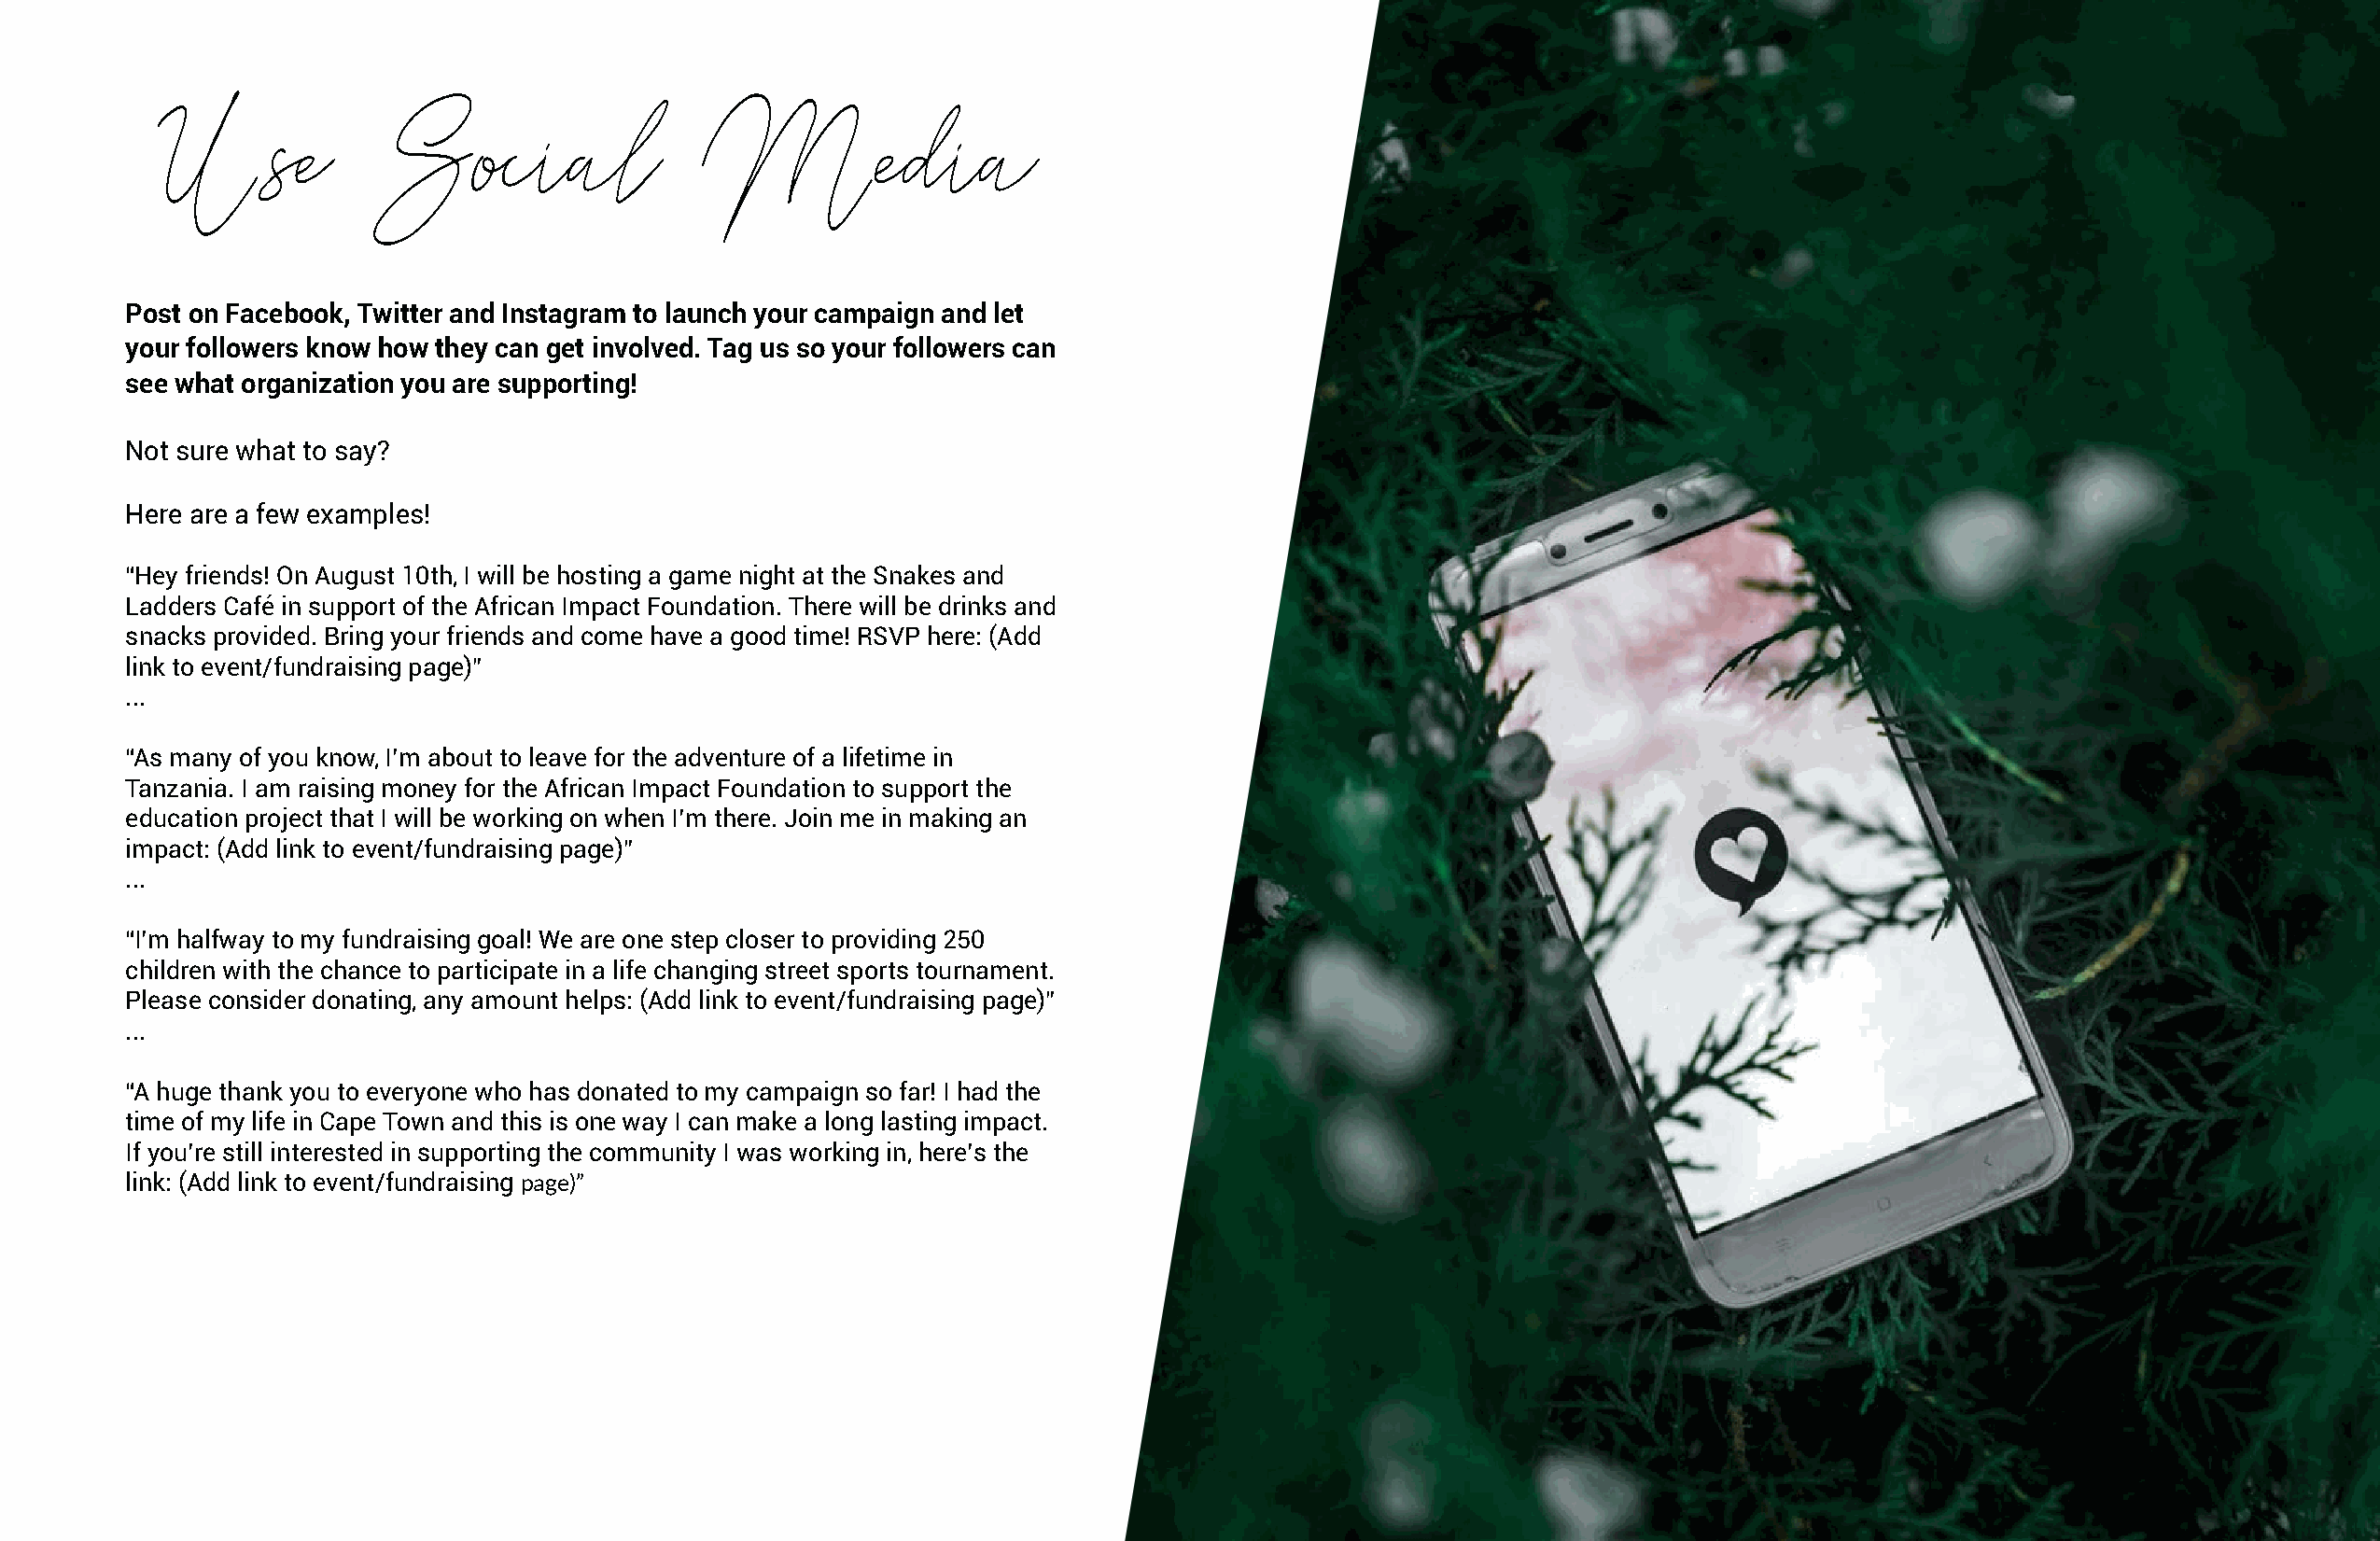
Use            Social                  Media
 Post on Facebook, Twitter and Instagram to launch your campaign and let
 your followers know how they can get involved. Tag us so your followers can
 see what organization you are supporting!
 Not sure what to say?
 Here are a few examples!
 “Hey friends! On August 10th, I will be hosting a game night at the Snakes and
 Ladders Café in support of the African Impact Foundation. There will be drinks and
 snacks provided. Bring your friends and come have a good time! RSVP here: (Add
 link to event/fundraising page)”
 ...
 “As many of you know, I’m about to leave for the adventure of a lifetime in
 Tanzania. I am raising money for the African Impact Foundation to support the
 education project that I will be working on when I’m there. Join me in making an
 impact: (Add link to event/fundraising page)”
 ...
 “I’m halfway to my fundraising goal! We are one step closer to providing 250
 children with the chance to participate in a life changing street sports tournament.
 Please consider donating, any amount helps: (Add link to event/fundraising page)”
 ...
 “A huge thank you to everyone who has donated to my campaign so far! I had the
 time of my life in Cape Town and this is one way I can make a long lasting impact.
 If you’re still interested in supporting the community I was working in, here’s the
 link: (Add link to event/fundraising page)”